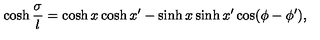
\cosh { \frac { \sigma } { l } } = \cosh x \cosh x ^ { \prime } - \sinh x \sinh x ^ { \prime } \cos ( \phi - \phi ^ { \prime } ) ,